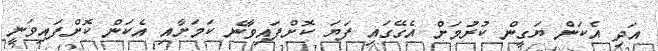
އަދި އެކަން ޔަގީން ކުރުމަށް އެގޭގައި ފަޔަ ކޮށްފައިވާނެ ކަމަށާއި އެކަން ކޮށްފައިވަނީ